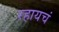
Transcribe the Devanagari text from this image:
रहायचं